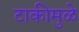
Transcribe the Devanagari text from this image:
टाकीमुळे